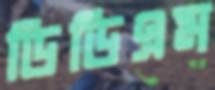
ডিডিএম